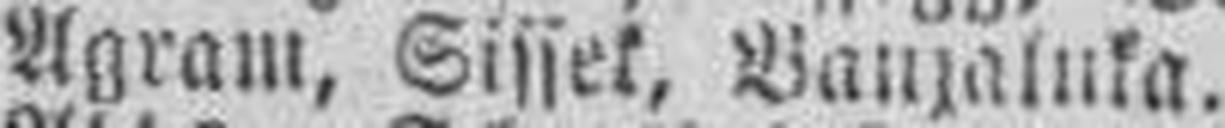
Agram, Sissek, Banjaluka.